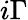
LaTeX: i\Gamma